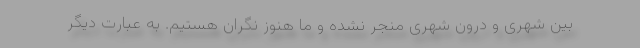
بین شهری و درون شهری منجر نشده و ما هنوز نگران هستیم. به عبارت دیگر